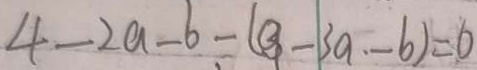
4 - 2 a - 6 - ( a - 3 a - b ) = 0